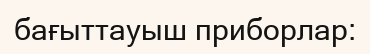
бағыттауыш приборлар: